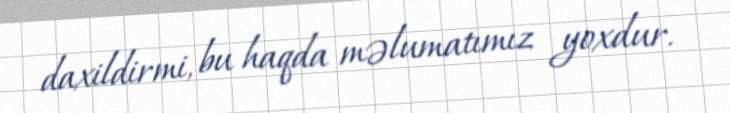
daxildirmi, bu haqda məlumatımız yoxdur.